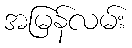
အမြန်လမ်း